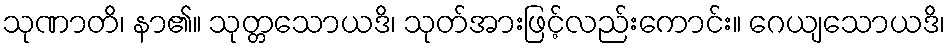
သုဏာတိ၊ နာ၏။ သုတ္တသောယဒိ၊ သုတ်အားဖြင့်လည်းကောင်း။ ဂေယျသောယဒိ၊